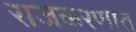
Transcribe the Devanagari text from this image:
राजकरणात